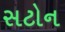
સટોન